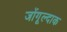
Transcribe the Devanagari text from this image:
जोंगूल्दाक